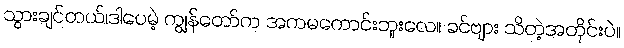
သွားချင်တယ်၊ဒါပေမဲ့ ကျွန်တော်က အကမကောင်းဘူးလေ။ ခင်ဗျား သိတဲ့အတိုင်းပဲ။